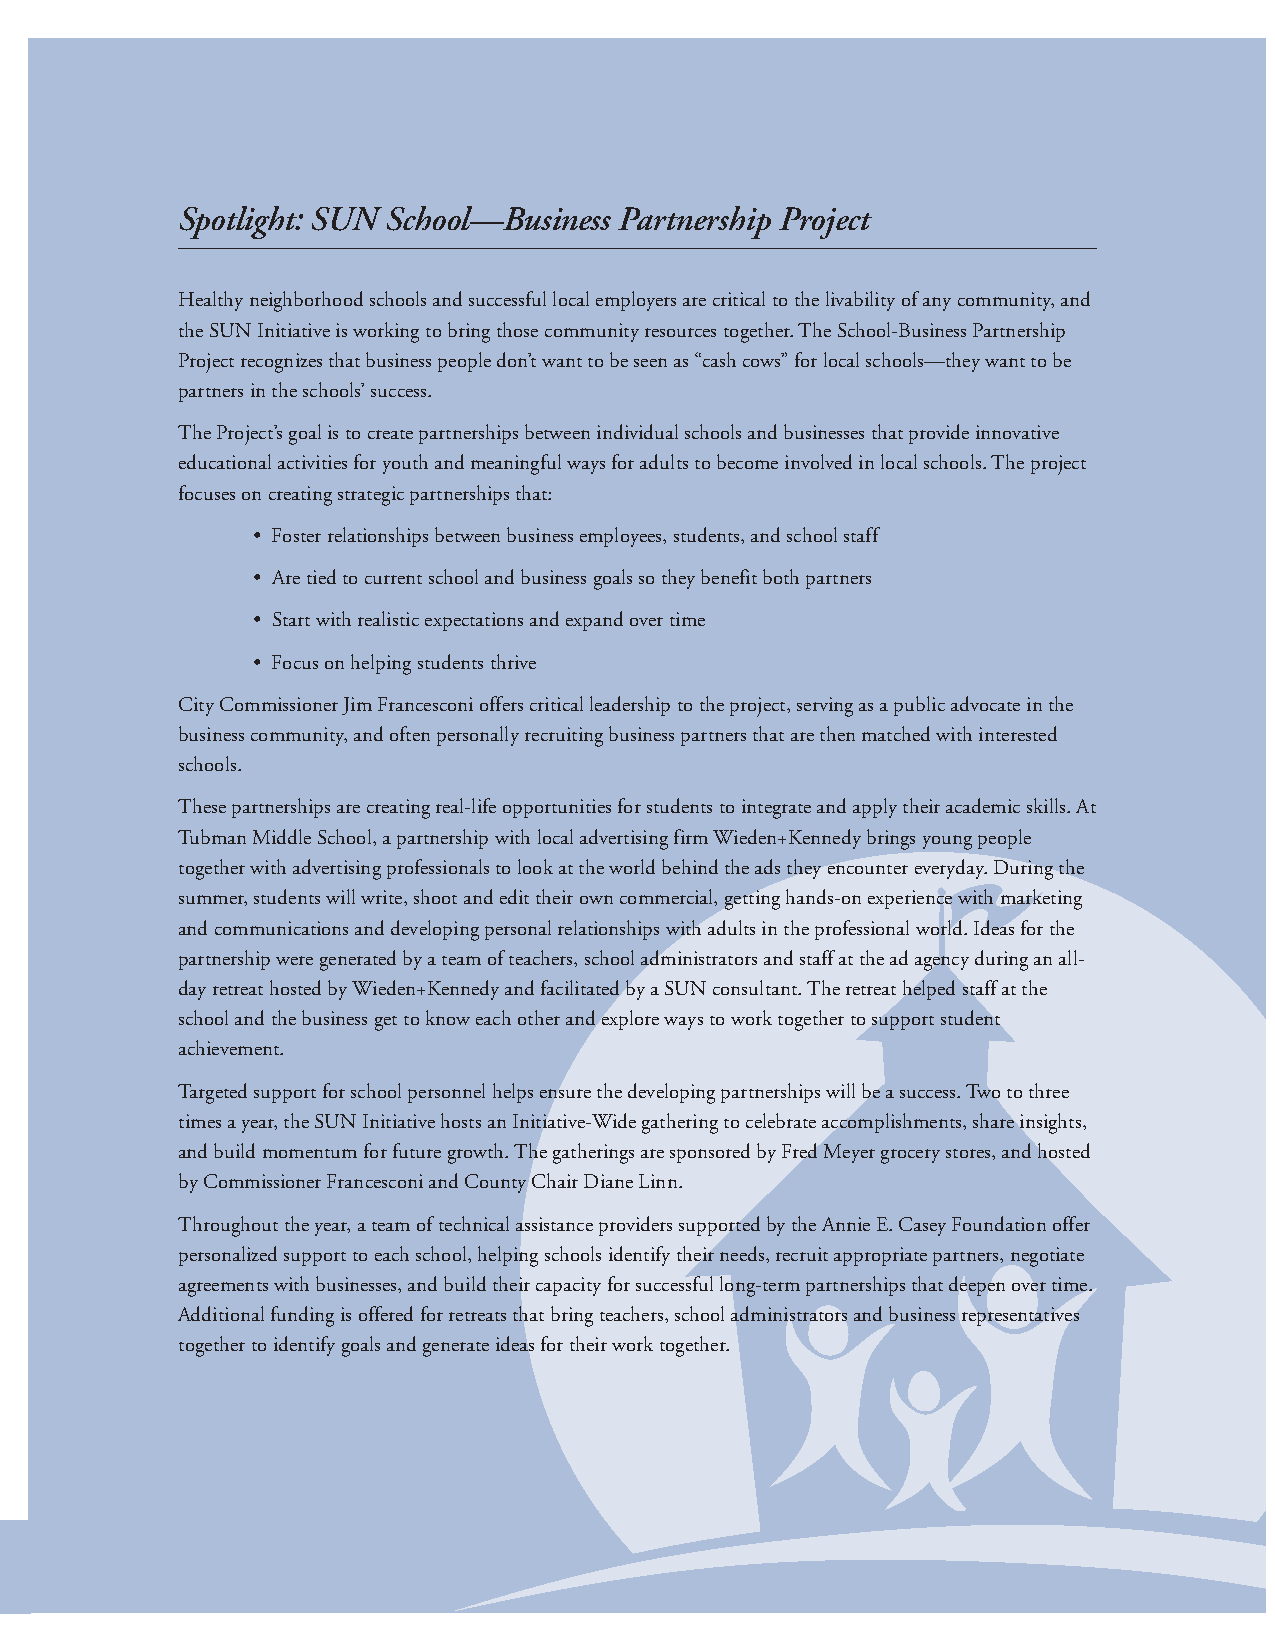
Spotlight: SUN School—Business Partnership Project
 Healthy neighborhood schools and successful local employers are critical to the livability of any community, and
 the SUN Initiative is working to bring those community resources together. The School-Business Partnership
 Project recognizes that business people don’t want to be seen as “cash cows” for local schools—they want to be
 partners in the schools’ success.
 The Project’s goal is to create partnerships between individual schools and businesses that provide innovative
 educational activities for youth and meaningful ways for adults to become involved in local schools. The project
 focuses on creating strategic partnerships that:
 • Foster relationships between business employees, students, and school staff
 • Are tied to current school and business goals so they benefit both partners
 • Start with realistic expectations and expand over time
 • Focus on helping students thrive
 City Commissioner Jim Francesconi offers critical leadership to the project, serving as a public advocate in the
 business community, and often personally recruiting business partners that are then matched with interested
 schools.
 These partnerships are creating real-life opportunities for students to integrate and apply their academic skills. At
 Tubman Middle School, a partnership with local advertising firm Wieden+Kennedy brings young people
 together with advertising professionals to look at the world behind the ads they encounter everyday. During the
 summer, students will write, shoot and edit their own commercial, getting hands-on experience with marketing
 and communications and developing personal relationships with adults in the professional world. Ideas for the
 partnership were generated by a team of teachers, school administrators and staff at the ad agency during an all-
 day retreat hosted by Wieden+Kennedy and facilitated by a SUN consultant. The retreat helped staff at the
 school and the business get to know each other and explore ways to work together to support student
 achievement.
 Targeted support for school personnel helps ensure the developing partnerships will be a success. Two to three
 times a year, the SUN Initiative hosts an Initiative-Wide gathering to celebrate accomplishments, share insights,
 and build momentum for future growth. The gatherings are sponsored by Fred Meyer grocery stores, and hosted
 by Commissioner Francesconi and County Chair Diane Linn.
 Throughout the year, a team of technical assistance providers supported by the Annie E. Casey Foundation offer
 personalized support to each school, helping schools identify their needs, recruit appropriate partners, negotiate
 agreements with businesses, and build their capacity for successful long-term partnerships that deepen over time.
 Additional funding is offered for retreats that bring teachers, school administrators and business representatives
 together to identify goals and generate ideas for their work together.